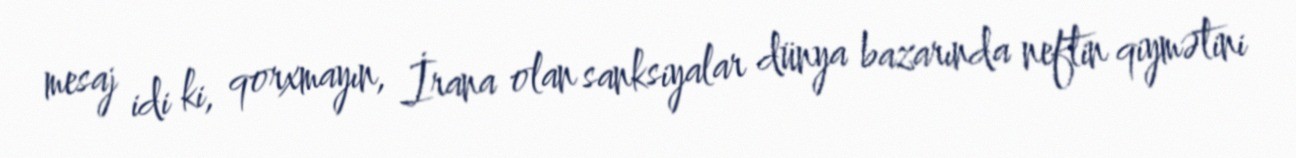
mesaj idi ki, qorxmayın, İrana olan sanksiyalar dünya bazarında neftin qiymətini